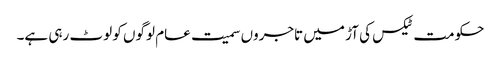
حکومت ٹیکس کی آڑ میں تاجروں سمیت عام لوگوں کو لوٹ رہی ہے۔